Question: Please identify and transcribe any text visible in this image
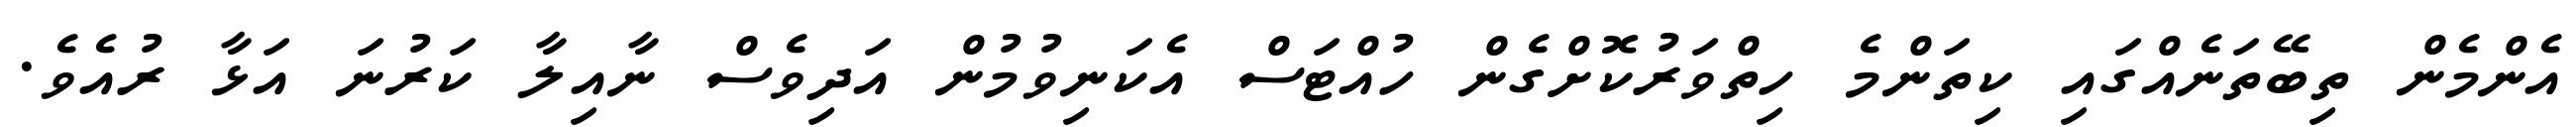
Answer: އެންމެން ތިބޭތަނެއްގައި ކިތަންމެ ހިތްވަރުކޮށްގެން ހުއްޓަސް އެކަނިވުމުން އަދިވެސް ނާއިލާ ކަރުނަ އަޅާ ރުއެވެ.